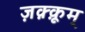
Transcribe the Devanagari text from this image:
ज़क़्क़ूम्